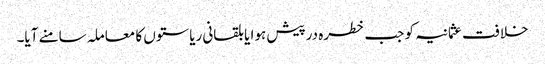
خلافت عثمانیہ کو جب خطرہ درپیش ہوا یا بلقانی ریاستوں کا معاملہ سامنے آیا۔